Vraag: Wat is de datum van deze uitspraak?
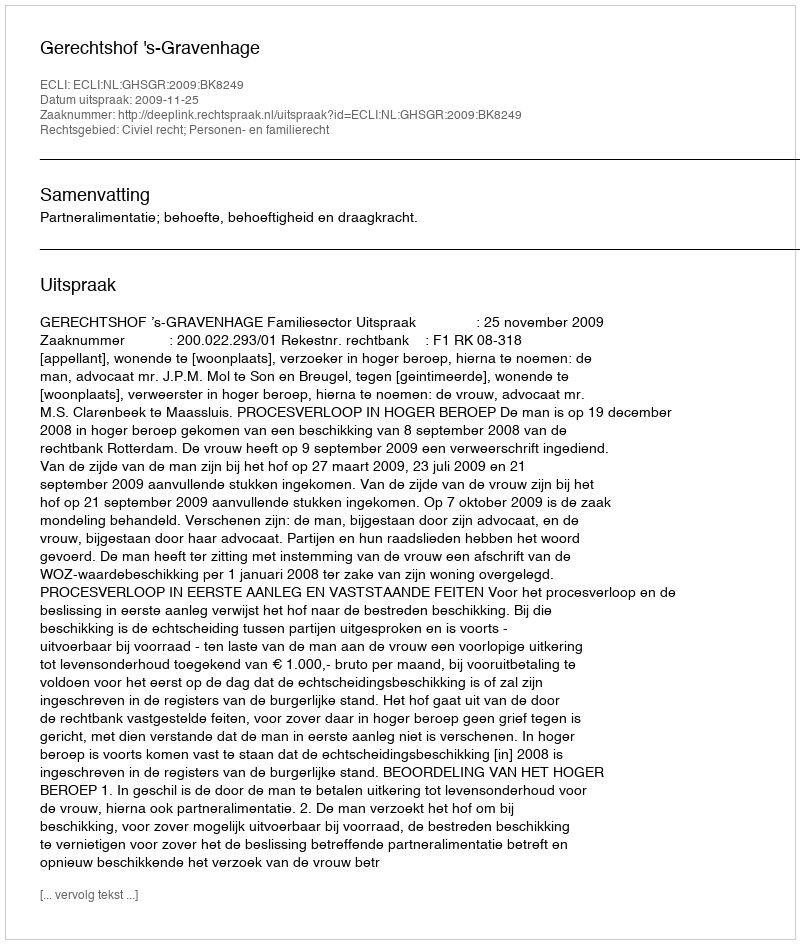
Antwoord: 2009-11-25